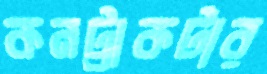
কনট্রাকটার